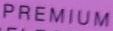
PREMIUM